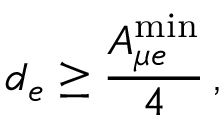
d _ { e } \geq \frac { A _ { \mu e } ^ { \mathrm { m i n } } } { 4 } \, ,